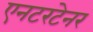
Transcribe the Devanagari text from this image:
एनटरटेनर